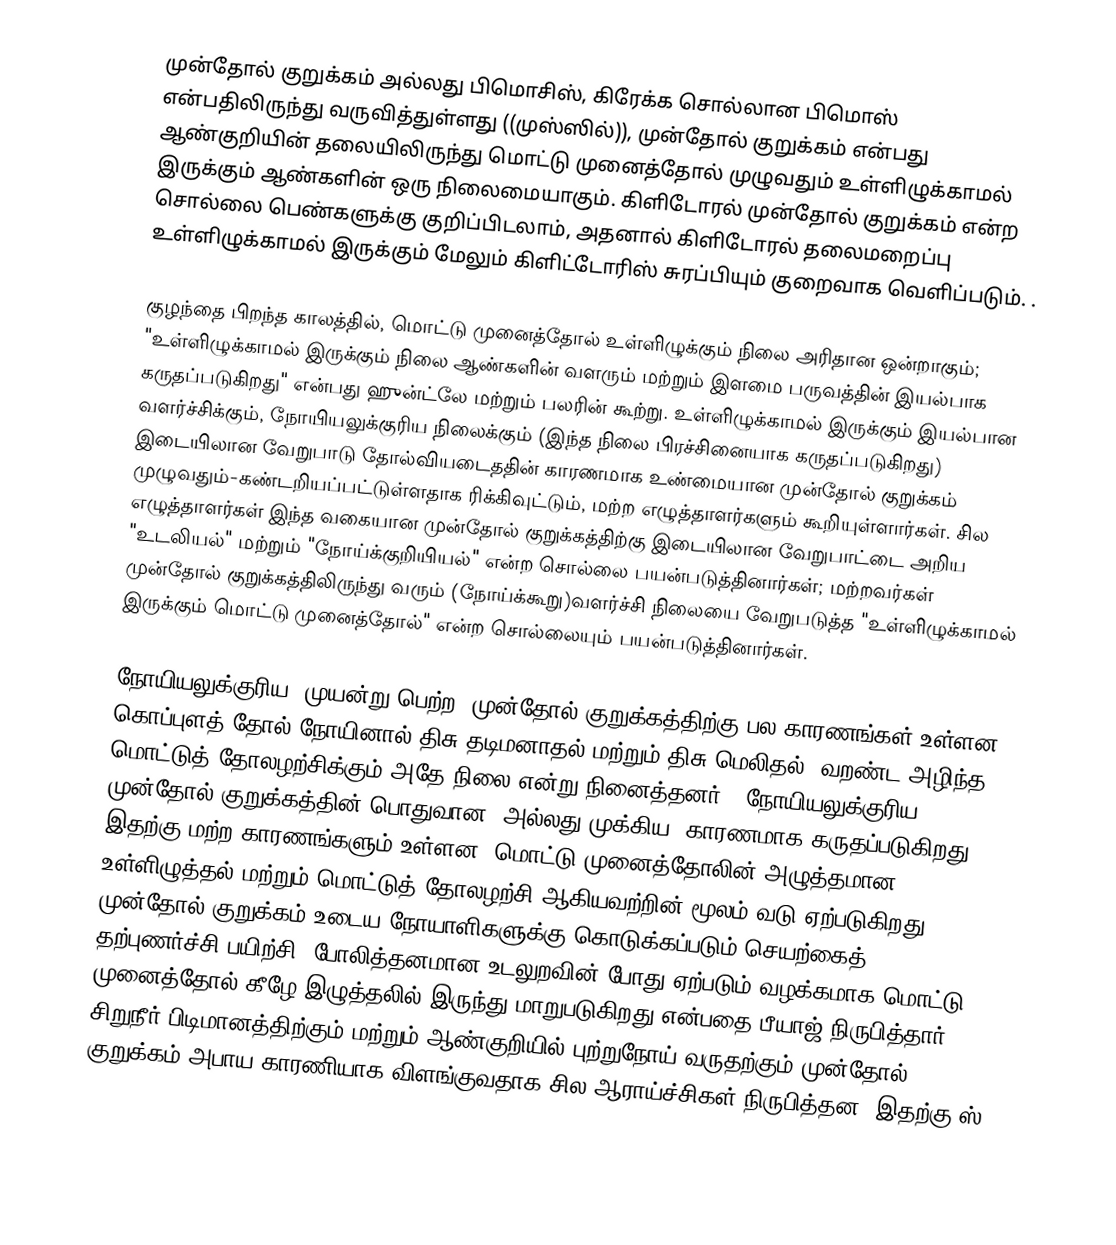
முன்தோல் குறுக்கம் அல்லது பிமொசிஸ், கிரேக்க சொல்லான பிமொஸ் என்பதிலிருந்து வருவித்துள்ளது ((முஸ்ஸில்)), முன்தோல் குறுக்கம் என்பது ஆண்குறியின் தலையிலிருந்து மொட்டு முனைத்தோல் முழுவதும் உள்ளிழுக்காமல் இருக்கும் ஆண்களின் ஒரு நிலைமையாகும். கிளிடோரல் முன்தோல் குறுக்கம் என்ற சொல்லை பெண்களுக்கு குறிப்பிடலாம், அதனால் கிளிடோரல் தலைமறைப்பு உள்ளிழுக்காமல் இருக்கும் மேலும் கிளிட்டோரிஸ் சுரப்பியும் குறைவாக வெளிப்படும். .

குழந்தை பிறந்த காலத்தில், மொட்டு முனைத்தோல் உள்ளிழுக்கும் நிலை அரிதான ஒன்றாகும்; "உள்ளிழுக்காமல் இருக்கும் நிலை ஆண்களின் வளரும் மற்றும் இளமை பருவத்தின் இயல்பாக கருதப்படுகிறது" என்பது ஹுன்ட்லே மற்றும் பலரின் கூற்று. உள்ளிழுக்காமல் இருக்கும் இயல்பான வளர்ச்சிக்கும், நோயியலுக்குரிய நிலைக்கும் (இந்த நிலை பிரச்சினையாக கருதப்படுகிறது) இடையிலான வேறுபாடு தோல்வியடைததின் காரணமாக உண்மையான முன்தோல் குறுக்கம் முழுவதும்-கண்டறியப்பட்டுள்ளதாக ரிக்கிவுட்டும், மற்ற எழுத்தாளர்களும் கூறியுள்ளார்கள். சில எழுத்தாளர்கள் இந்த வகையான முன்தோல் குறுக்கத்திற்கு இடையிலான வேறுபாட்டை அறிய "உடலியல்" மற்றும் "நோய்க்குறியியல்" என்ற சொல்லை பயன்படுத்தினார்கள்; மற்றவர்கள் முன்தோல் குறுக்கத்திலிருந்து வரும் (நோய்க்கூறு)வளர்ச்சி நிலையை வேறுபடுத்த "உள்ளிழுக்காமல் இருக்கும் மொட்டு முனைத்தோல்" என்ற சொல்லையும் பயன்படுத்தினார்கள்.

நோயியலுக்குரிய (முயன்று பெற்ற) முன்தோல் குறுக்கத்திற்கு பல காரணங்கள் உள்ளன. கொப்புளத் தோல் நோயினால் திசு தடிமனாதல் மற்றும் திசு மெலிதல் (வறண்ட அழிந்த மொட்டுத் தோலழற்சிக்கும் அதே நிலை என்று நினைத்தனர்), நோயியலுக்குரிய முன்தோல் குறுக்கத்தின் பொதுவான (அல்லது முக்கிய) காரணமாக கருதப்படுகிறது. இதற்கு மற்ற காரணங்களும் உள்ளன: மொட்டு முனைத்தோலின் அழுத்தமான உள்ளிழுத்தல் மற்றும் மொட்டுத் தோலழற்சி ஆகியவற்றின் மூலம் வடு ஏற்படுகிறது. முன்தோல் குறுக்கம் உடைய நோயாளிகளுக்கு கொடுக்கப்படும் செயற்கைத் தற்புணர்ச்சி பயிற்சி, போலித்தனமான உடலுறவின் போது ஏற்படும் வழக்கமாக மொட்டு முனைத்தோல் கீழே இழுத்தலில் இருந்து மாறுபடுகிறது என்பதை பீயாஜ் நிருபித்தார். சிறுநீர் பிடிமானத்திற்கும் மற்றும் ஆண்குறியில் புற்றுநோய் வருதற்கும் முன்தோல் குறுக்கம் அபாய காரணியாக விளங்குவதாக சில ஆராய்ச்சிகள் நிருபித்தன. இதற்கு ஸ்